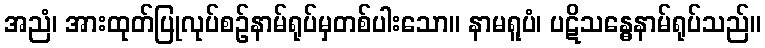
အညံ၊ အားထုတ်ပြုလုပ်စဉ်နာမ်ရုပ်မှတစ်ပါးသော။ နာမရူပံ၊ ပဋိသန္ဓေနာမ်ရုပ်သည်။